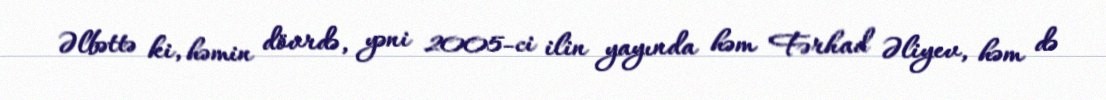
Əlbəttə ki, həmin dövrdə, yəni 2005-ci ilin yayında həm Fərhad Əliyev, həm də